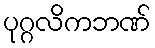
ပုဂ္ဂလိကဘဏ်